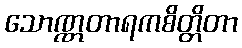
သောဏ္ဏတာရကစိတ္တိတာ